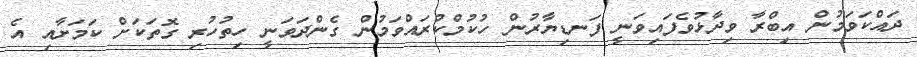
ދައްކަވަމުން އިބްރާ ވިދާޅުވެފައިވަނީ ފަނޑިޔާރުން ހުކުމްކުރައްވަމުން ގެންދަވަނީ ހިތުހުރި ގޮތަކަށް ކަމަށާއި އެ